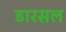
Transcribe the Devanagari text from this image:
डारसल